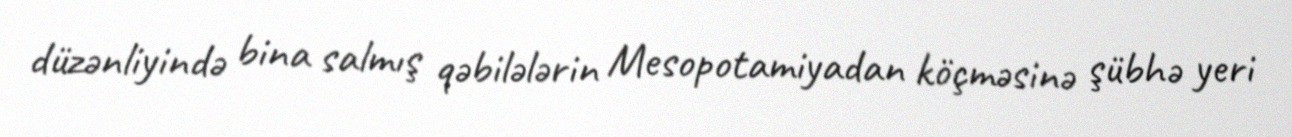
düzənliyində bina salmış qəbilələrin Mesopotamiyadan köçməsinə şübhə yeri